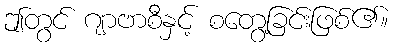
ဤတွင် ဂျာဗာစီနှင့် စတွေ့ခြင်းဖြစ်၏။